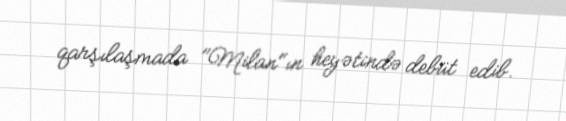
qarşılaşmada "Milan"ın heyətində debüt edib.